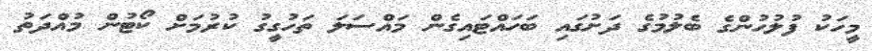
މީހަކު ފުލުހުންގެ ބެލުމުގެ ދަށުގައި ބަހައްޓައިގެން މައްސަލަ ތަހުގީގު ކުރުމަށް ކޯޓުން މުއްދަތު